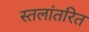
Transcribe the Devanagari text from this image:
स्तलांतरित